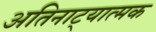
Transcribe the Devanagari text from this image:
अतिनाट्यात्मक